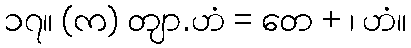
၁၇။ (က) တျာ.ဟံ = တေ + ၊ ဟံ။